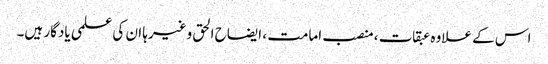
اس کے علاوہ عبقات ، منصب امامت ، ایضاح الحق وغیرہا ان کی علمی یادگار ہیں۔